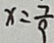
x = \frac { 7 } { 9 }